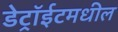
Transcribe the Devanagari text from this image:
डेट्रॉईटमधील